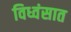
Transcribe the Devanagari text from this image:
विध्वंसात